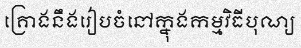
គ្រោងនឹងរៀបចំនៅក្នុងកម្មវិធីបុណ្យ